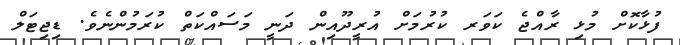
ފުޅާކޮށް މުޅި ރާއްޖެ ކަވަރ ކުރުމަށް އުރީދޫއިން ދަނީ މަސައްކަތް ކުރަމުންނެވެ. ޑިޖިޓަލް